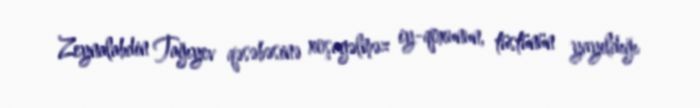
Zeynalabdin Tağıyev qəsəbəsinə xoşagəlməz iy-qoxunun, tüstünün yayıldığı